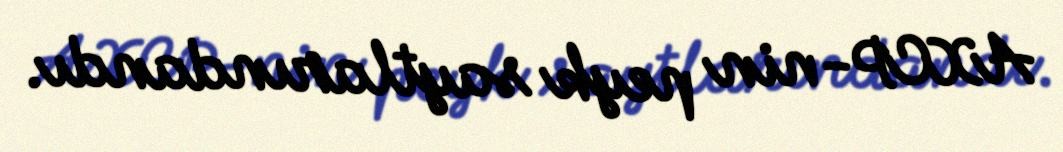
AXCP-nin peyk saytlarındandı.